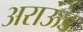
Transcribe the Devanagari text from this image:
अराऊंड